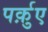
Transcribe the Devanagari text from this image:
पर्क़ुए